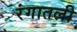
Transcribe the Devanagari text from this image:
रंगातली